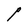
Character: P